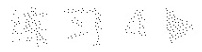
练习